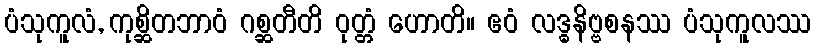
ပံသုကူလံ, ကုစ္ဆိတဘာဝံ ဂစ္ဆတီတိ ဝုတ္တံ ဟောတိ။ ဧဝံ လဒ္ဓနိဗ္ဗစနဿ ပံသုကူလဿ